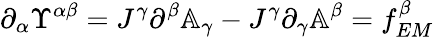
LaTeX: \partial_{\alpha}\Upsilon^{\alpha\beta}=J^{\gamma}\partial^{\beta}\mathbb{A}_{\gamma}-J^{\gamma}\partial_{\gamma}\mathbb{A}^{\beta}=f_{EM}^{\beta}